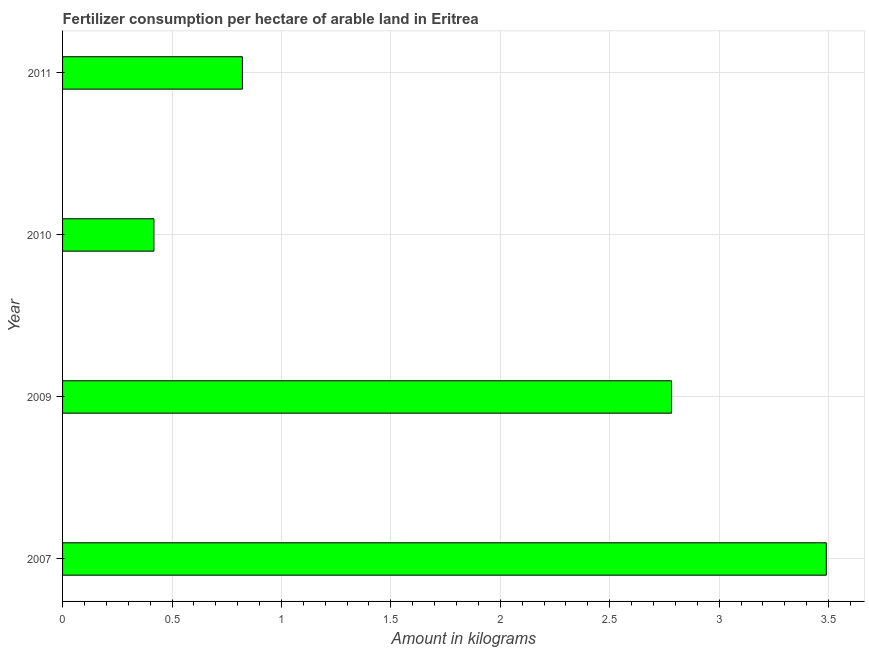
| Year | Fertilizer consumption |
 | --- | --- |
 | 2007 | 3.49 |
 | 2009 | 2.78 |
 | 2010 | 0.417 |
 | 2011 | 0.822 |